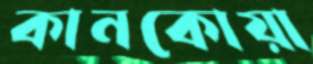
কানকোয়া